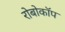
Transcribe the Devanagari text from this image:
रोबोकॉप